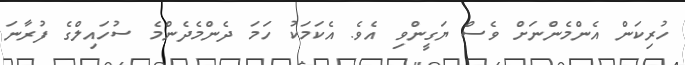
ހުރިކަން އެންމެންނަށް ވެސް ޔަގީންވި އެވެ. އެކަމަކު ހަމަ ދެންމެދެންމެ ސުހައިލްގެ ފުރާނަ